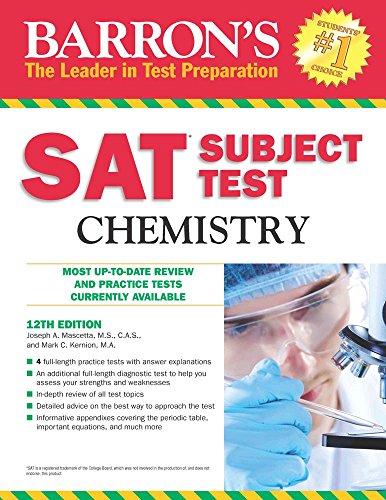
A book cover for Barron's SAT Subject Test Chemistry, 12th Edition; Joseph A. Mascetta M.S.; Test Preparation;